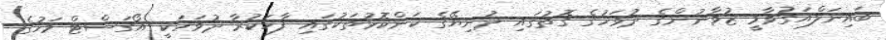
ބައިނަލްއަގުވާމީ ޒުވާނުންގެ ދުވަހުގެ ގޮތުގައި ދުނިޔޭގެ ކަންކޮޅުތަކުގައި ފާހަކުރާ ދުވަހަކީ އޯގަސްޓް މަހުގެ